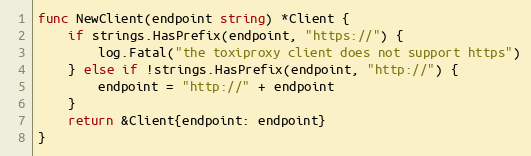
Language: Go
func NewClient(endpoint string) *Client {
	if strings.HasPrefix(endpoint, "https://") {
		log.Fatal("the toxiproxy client does not support https")
	} else if !strings.HasPrefix(endpoint, "http://") {
		endpoint = "http://" + endpoint
	}
	return &Client{endpoint: endpoint}
}